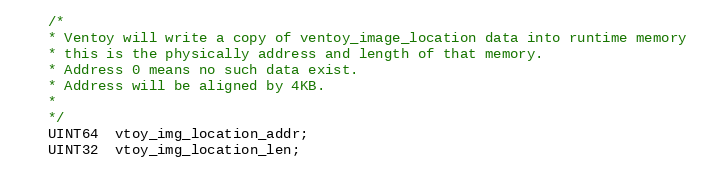
Language: C
	/*
	* Ventoy will write a copy of ventoy_image_location data into runtime memory
	* this is the physically address and length of that memory.
	* Address 0 means no such data exist.
	* Address will be aligned by 4KB.
	*
	*/
	UINT64  vtoy_img_location_addr;
	UINT32  vtoy_img_location_len;